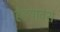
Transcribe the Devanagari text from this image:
हेहयावंश